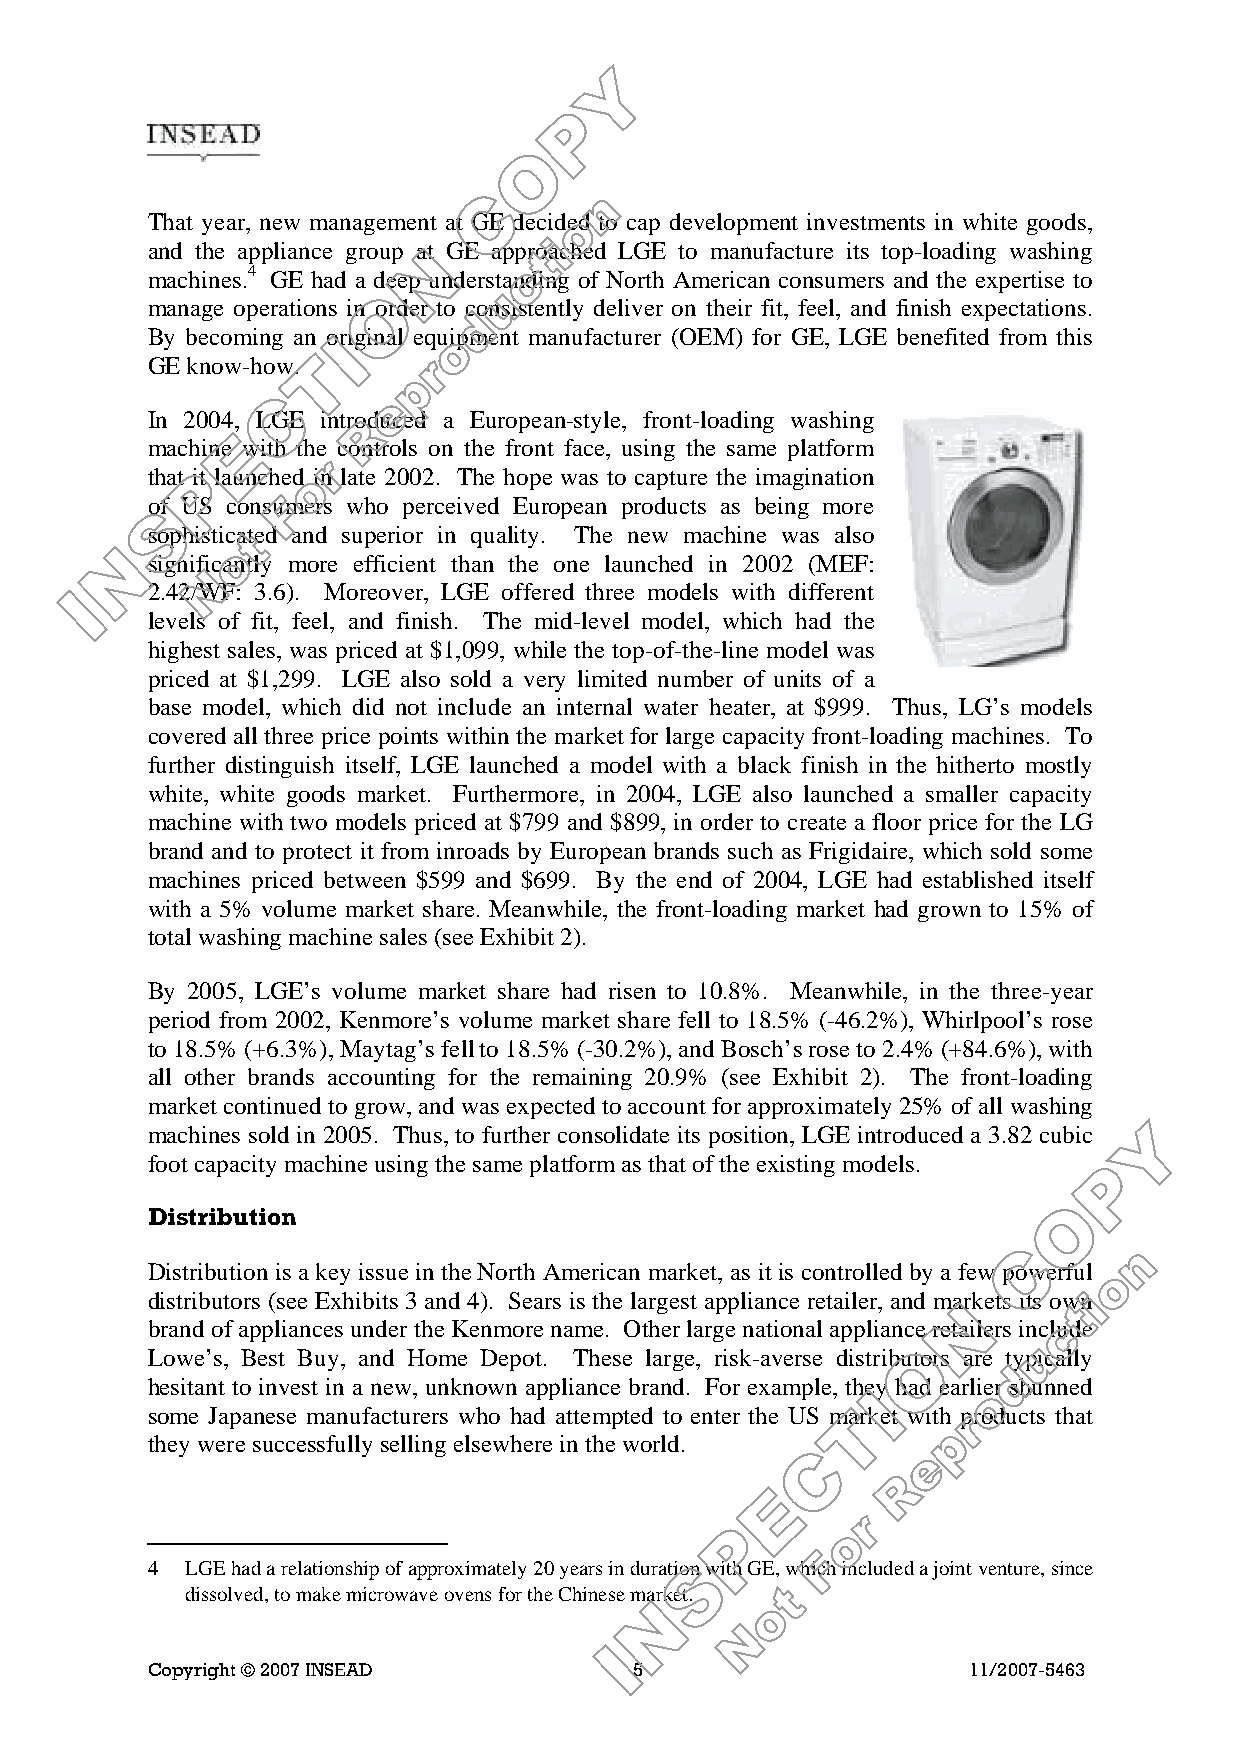
That year, new management at GE decided to cap development investments in white goods,
 and the appliance group at GE approached LGE to manufacture its top-loading washing
 machines.4 GE had a deep understanding of North American consumers and the expertise to
 manage operations in order to consistently deliver on their fit, feel, and finish expectations.
 By becoming an original equipment manufacturer (OEM) for GE, LGE benefited from this
 GE know-how.
 In 2004, LGE introduced a European-style, front-loading washing
 machine with the controls on the front face, using the same platform
 that it launched in late 2002. The hope was to capture the imagination
 of US consumers who perceived European products as being more
 sophisticated and superior in quality. The new machine was also
 significantly more efficient than the one launched in 2002 (MEF:
 2.42/WF: 3.6). Moreover, LGE offered three models with different
 levels of fit, feel, and finish. The mid-level model, which had the
 highest sales, was priced at $1,099, while the top-of-the-line model was
 priced at $1,299. LGE also sold a very limited number of units of a
 base model, which did not include an internal water heater, at $999. Thus, LG’s models
 covered all three price points within the market for large capacity front-loading machines. To
 further distinguish itself, LGE launched a model with a black finish in the hitherto mostly
 white, white goods market. Furthermore, in 2004, LGE also launched a smaller capacity
 machine with two models priced at $799 and $899, in order to create a floor price for the LG
 brand and to protect it from inroads by European brands such as Frigidaire, which sold some
 machines priced between $599 and $699. By the end of 2004, LGE had established itself
 with a 5% volume market share. Meanwhile, the front-loading market had grown to 15% of
 total washing machine sales (see Exhibit 2).
 By 2005, LGE’s volume market share had risen to 10.8%. Meanwhile, in the three-year
 period from 2002, Kenmore’s volume market share fell to 18.5% (-46.2%), Whirlpool’s rose
 to 18.5% (+6.3%), Maytag’s fell to 18.5% (-30.2%), and Bosch’s rose to 2.4% (+84.6%), with
 all other brands accounting for the remaining 20.9% (see Exhibit 2). The front-loading
 market continued to grow, and was expected to account for approximately 25% of all washing
 machines sold in 2005. Thus, to further consolidate its position, LGE introduced a 3.82 cubic
 foot capacity machine using the same platform as that of the existing models.
 Distribution
 Distribution is a key issue in the North American market, as it is controlled by a few powerful
 distributors (see Exhibits 3 and 4). Sears is the largest appliance retailer, and markets its own
 brand of appliances under the Kenmore name. Other large national appliance retailers include
 Lowe’s, Best Buy, and Home Depot. These large, risk-averse distributors are typically
 hesitant to invest in a new, unknown appliance brand. For example, they had earlier shunned
 some Japanese manufacturers who had attempted to enter the US market with products that
 they were successfully selling elsewhere in the world.
 4 LGE had a relationship of approximately 20 years in duration with GE, which included a joint venture, since
 dissolved, to make microwave ovens for the Chinese market.
 Copyright © 2007 INSEAD         5                     11/2007-5463